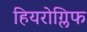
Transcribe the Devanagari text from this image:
हियरोग्लिफ